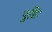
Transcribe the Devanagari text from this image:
पुष्टिः